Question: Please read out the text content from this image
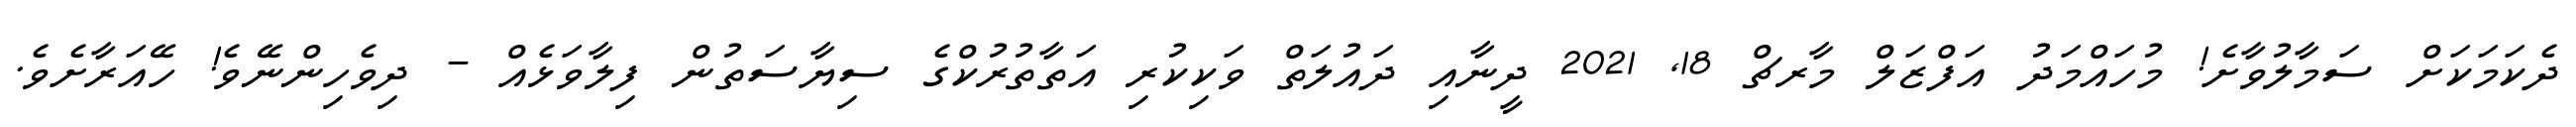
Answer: ދެކަމަކަށް ސަމާލުވާށެ! މުހައްމަދު އަފްޒަލް މާރޗް 18, 2021 ދީނާއި ދައުލަތް ވަކިކުރި އަތާތުރުކްގެ ސިޔާސަތުން ފިލާވަޅެއް - ދިވެހިންނޭވެ! ހޭއަރާށެވެ.